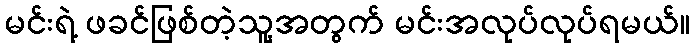
မင်းရဲ့ ဖခင်ဖြစ်တဲ့သူ့အတွက် မင်းအလုပ်လုပ်ရမယ်။